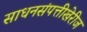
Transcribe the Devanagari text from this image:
साधनसंपत्तीखेरीज